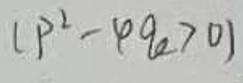
\((p^{2}-pq>0)\)